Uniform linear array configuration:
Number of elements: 32
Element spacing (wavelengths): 0.5
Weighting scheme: binomial
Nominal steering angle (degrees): -60
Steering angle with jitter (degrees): -58.321
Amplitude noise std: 0.05
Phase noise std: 0.05

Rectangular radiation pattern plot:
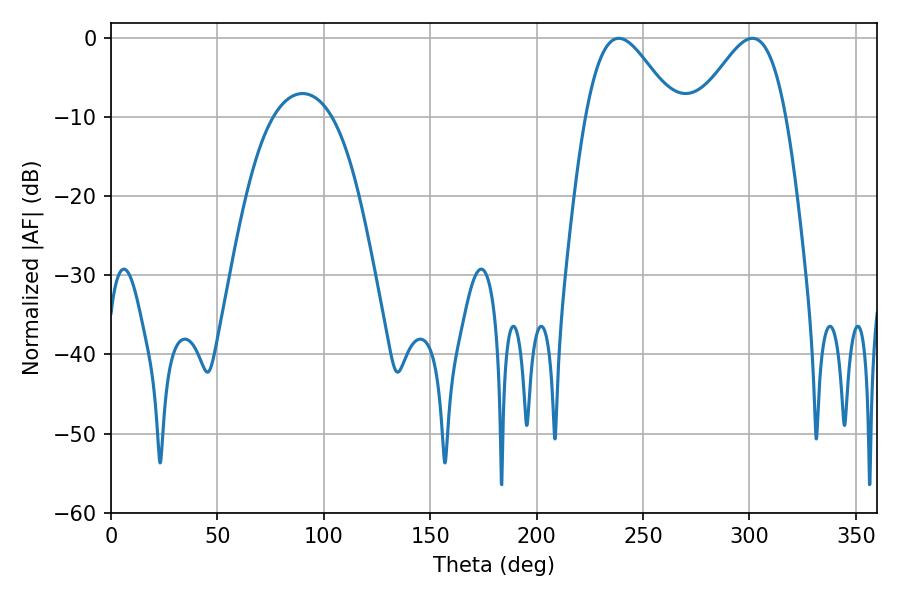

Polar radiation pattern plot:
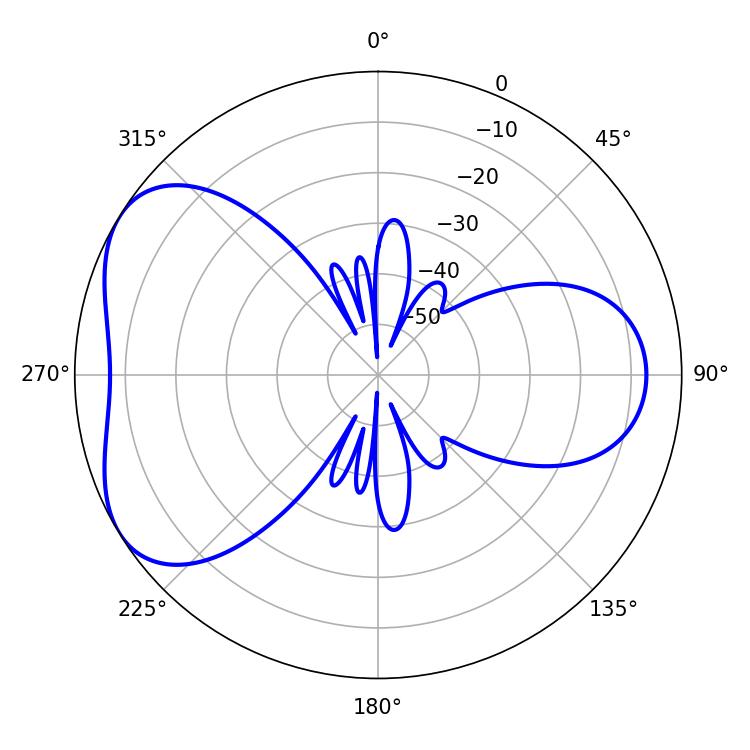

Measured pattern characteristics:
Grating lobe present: FALSE
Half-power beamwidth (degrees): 22.14
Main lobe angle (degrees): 238.68